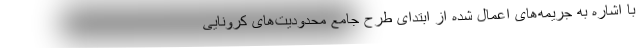
با اشاره به جریمه‌های اعمال شده از ابتدای طرح جامع محدودیت‌های کرونایی